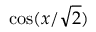
\cos ( x / \sqrt 2 )